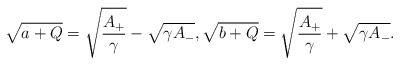
\begin{align*}\sqrt{a+Q}=\sqrt{\frac{A_{+}}{\gamma}}-\sqrt{\gamma A_{-}},\sqrt{b+Q}=\sqrt{\frac{A_{+}}{\gamma}}+\sqrt{\gamma A_{-}}.\end{align*}